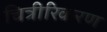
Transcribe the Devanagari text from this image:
चित्रीरिकरण